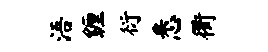
浯缠衍悉衢